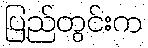
ပြည်တွင်းက